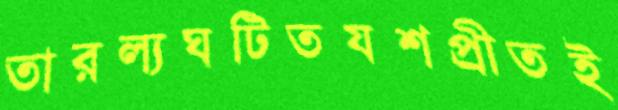
তারল্যঘটিতযশপ্রীতই